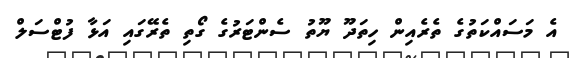
އެ މަސައްކަތުގެ ތެރެއިން ހިތަދޫ ޔޫތު ސެންޓަރުގެ ގޯތި ތެރޭގައި އަޅާ ފުޓްސަލް